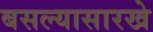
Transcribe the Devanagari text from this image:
बसल्यासारखे